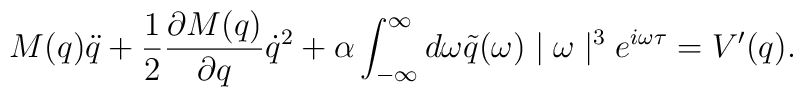
M(q)\ddot{q} + \frac{1}{2}\frac{\partial M(q)}{\partial q} \dot{q}^2+\alpha \int_{-\infty}^{\infty} d\omega\tilde{q} (\omega) \mid \omega \mid^3  e^{i\omega \tau} = V'(q).